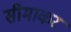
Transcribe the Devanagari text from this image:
सीमाकर